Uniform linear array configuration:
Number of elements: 64
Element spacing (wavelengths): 1
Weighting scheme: hann
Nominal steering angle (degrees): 30
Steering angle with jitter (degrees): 30.993
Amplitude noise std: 0.05
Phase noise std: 0.05

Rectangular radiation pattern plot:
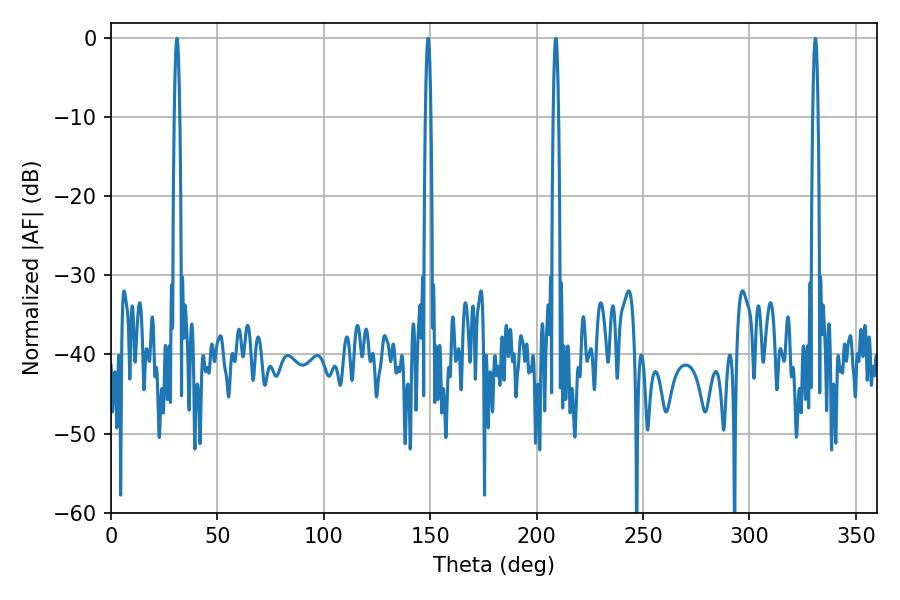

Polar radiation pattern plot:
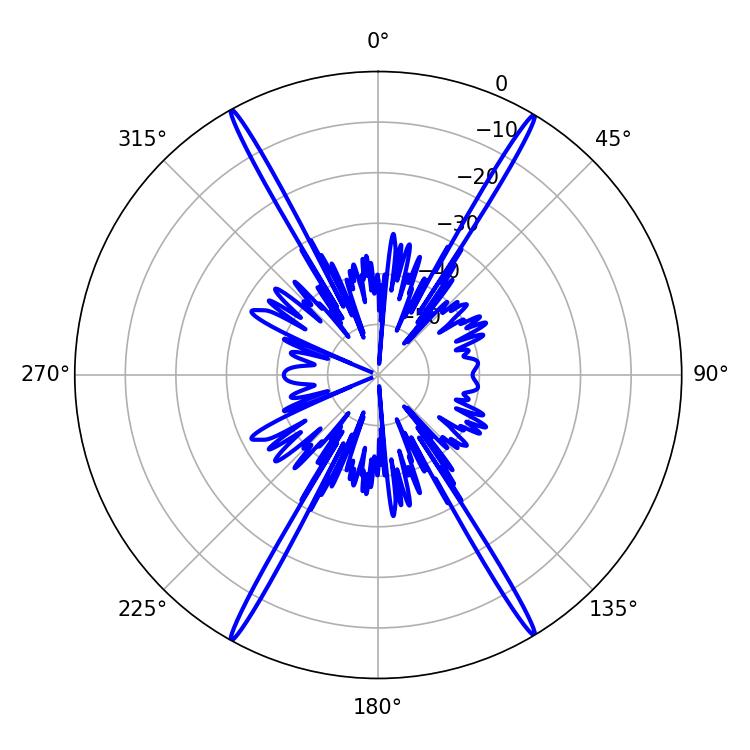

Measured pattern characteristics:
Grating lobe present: TRUE
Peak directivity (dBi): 29.741
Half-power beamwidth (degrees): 1.44
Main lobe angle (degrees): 30.96